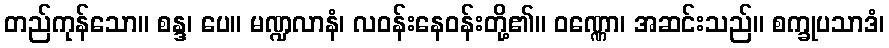
တည်ကုန်သော။ စန္ဒ၊ ပေ။ မဏ္ဍလာနံ၊ လဝန်းနေဝန်းတို့၏။ ဝဏ္ဏော၊ အဆင်းသည်။ စက္ခုပသာဒံ၊